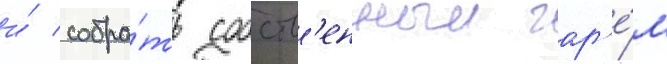
и́ собра́ть собств'енныи гар'е́м